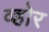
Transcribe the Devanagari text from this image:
व्होर